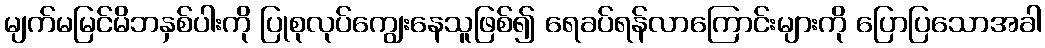
မျက်မမြင်မိဘနှစ်ပါးကို ပြုစုလုပ်ကျွေးနေသူဖြစ်၍ ရေခပ်ရန်လာကြောင်းများကို ပြောပြသောအခါ